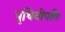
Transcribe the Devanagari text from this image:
पृथिवीपतिः